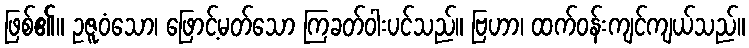
ဖြစ်၏။ ဥဇူဝံသော၊ ဖြောင့်မတ်သော ကြခတ်ဝါးပင်သည်။ ဗြဟာ၊ ထက်ဝန်းကျင်ကျယ်သည်။